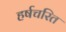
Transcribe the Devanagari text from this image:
हर्षचरित